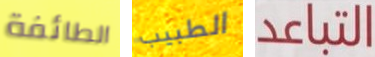
الطائفة الطبيب التباعد